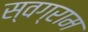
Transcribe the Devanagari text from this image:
स्वग्राम